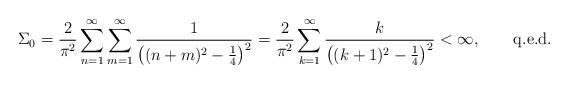
LaTeX: \begin{align*}\Sigma_0 = \frac{2}{\pi^2} \sum_{n=1}^\infty\sum_{m=1}^\infty \frac{1}{\left( (n+m)^2 - \frac{1}{4}\right)^2} = \frac{2}{\pi^2} \sum_{k=1}^\infty\frac{k}{\left( (k+1)^2 - \frac{1}{4} \right)^2}< \infty, \qquad \mbox{q.e.d.}\end{align*}